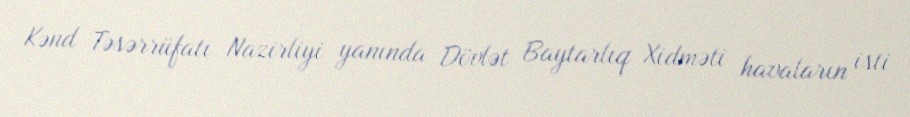
Kənd Təsərrüfatı Nazirliyi yanında Dövlət Baytarlıq Xidməti havaların isti